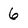
Character: 6